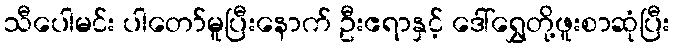
သီပေါမင်း ပါတော်မူပြီးနောက် ဦးဧရာနှင့် ဒေါ်ရွှေတို့ဖူးစာဆုံပြီး